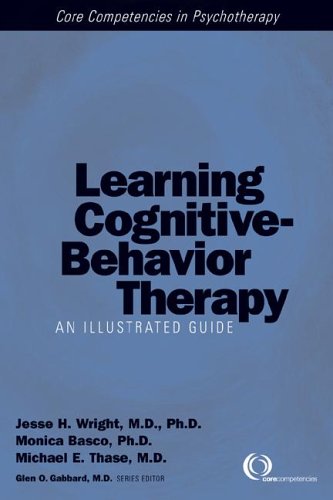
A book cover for Learning Cognitive-Behavior Therapy: An Illustrated Guide; Jesse H. Wright; Medical Books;